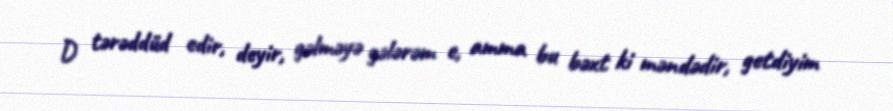
D tərəddüd edir, deyir, gəlməyə gələrəm e, amma bu bəxt ki məndədir, getdiyim